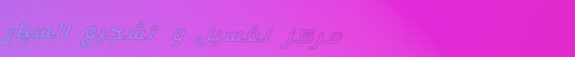
مركز لغسيل و تشجيع السيار